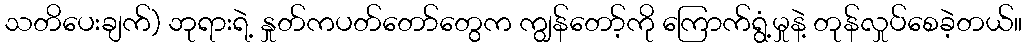
သတိပေးချက်) ဘုရားရဲ့ နှုတ်ကပတ်တော်တွေက ကျွန်တော့်ကို ကြောက်ရွံ့မှုနဲ့ တုန်လှုပ်စေခဲ့တယ်။